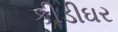
કીડીઘર